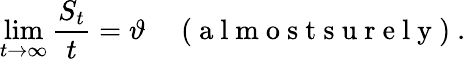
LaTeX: \operatorname*{lim}_{t\to\infty}\frac{S_{t}}{t}=\vartheta\quad\mathrm{~(~a~l~m~o~s~t~s~u~r~e~l~y~)~}.